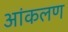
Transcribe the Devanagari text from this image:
आंकलण